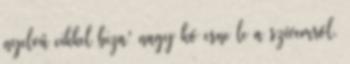
nyelvű cikkel biza' nagy kő esne le a szívemről.